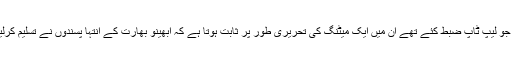
اس کے علاوہ ہیمنت کرکرے نے جو لیپ ٹاپ ضبط کئے تھے ان میں ایک میٹنگ کی تحریری طور پر ثابت ہوتا ہے کہ ابھینو بھارت کے انتہا پسندوں نے تسلیم کرلیا کہ وہ بم دھماکوں میں ملوث ہیں۔